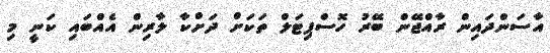
އާސަންދައިން ރާއްޖޭން ބޭރު ހޮސްޕިޓަލް ތަކަށް ދަށްކާ ލާރިން އެއްބައި ކަނީ މި